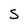
Character: S